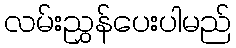
လမ်းညွှန်ပေးပါမည်